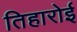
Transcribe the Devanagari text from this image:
तिहारोई